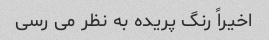
اخیراً رنگ پریده به نظر می رسی